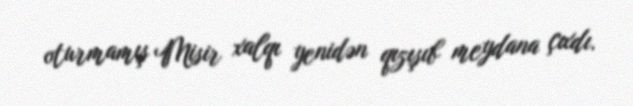
oturmamış Misir xalqı yenidən qızışıb meydana çıxdı.